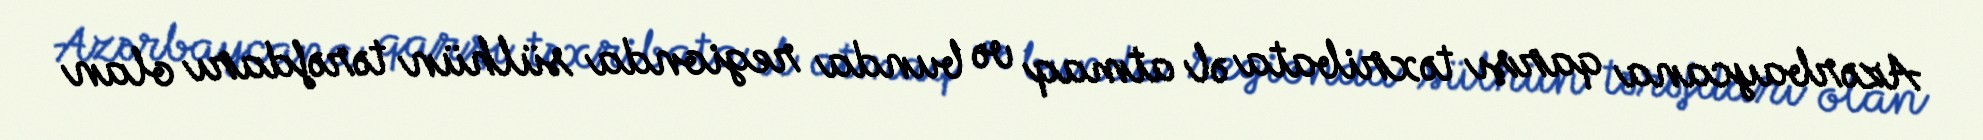
Azərbaycana qarşı təxribata əl atmaq və bunda regionda sülhün tərəfdarı olan